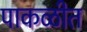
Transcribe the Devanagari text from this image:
पाकळीत